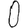
Digit: 0